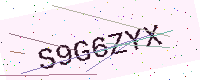
Text: S9G6ZYX